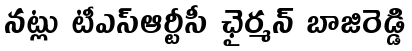
నట్లు టీఎస్ఆర్టీసీ ఛైర్మన్ బాజిరెడ్డి